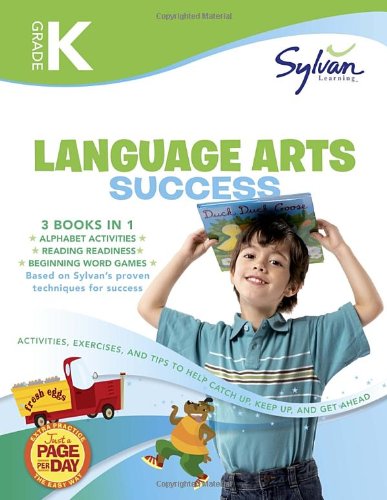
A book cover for Kindergarten Language Arts Success (Sylvan Super Workbooks) (Language Arts Super Workbooks); Sylvan Learning; Reference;